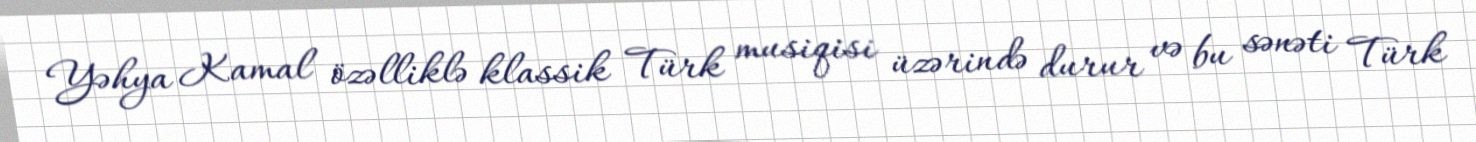
Yəhya Kamal özəlliklə klassik Türk musiqisi üzərində durur və bu sənəti Türk